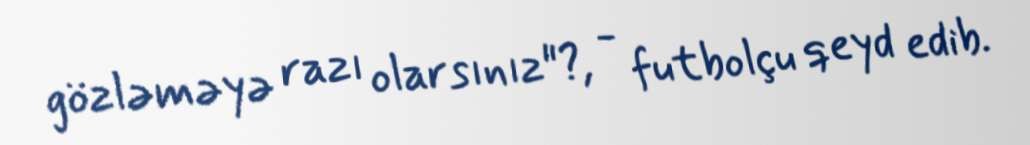
gözləməyə razı olarsınız"?, - futbolçu qeyd edib.